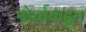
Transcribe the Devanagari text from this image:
मोर्चाकडून